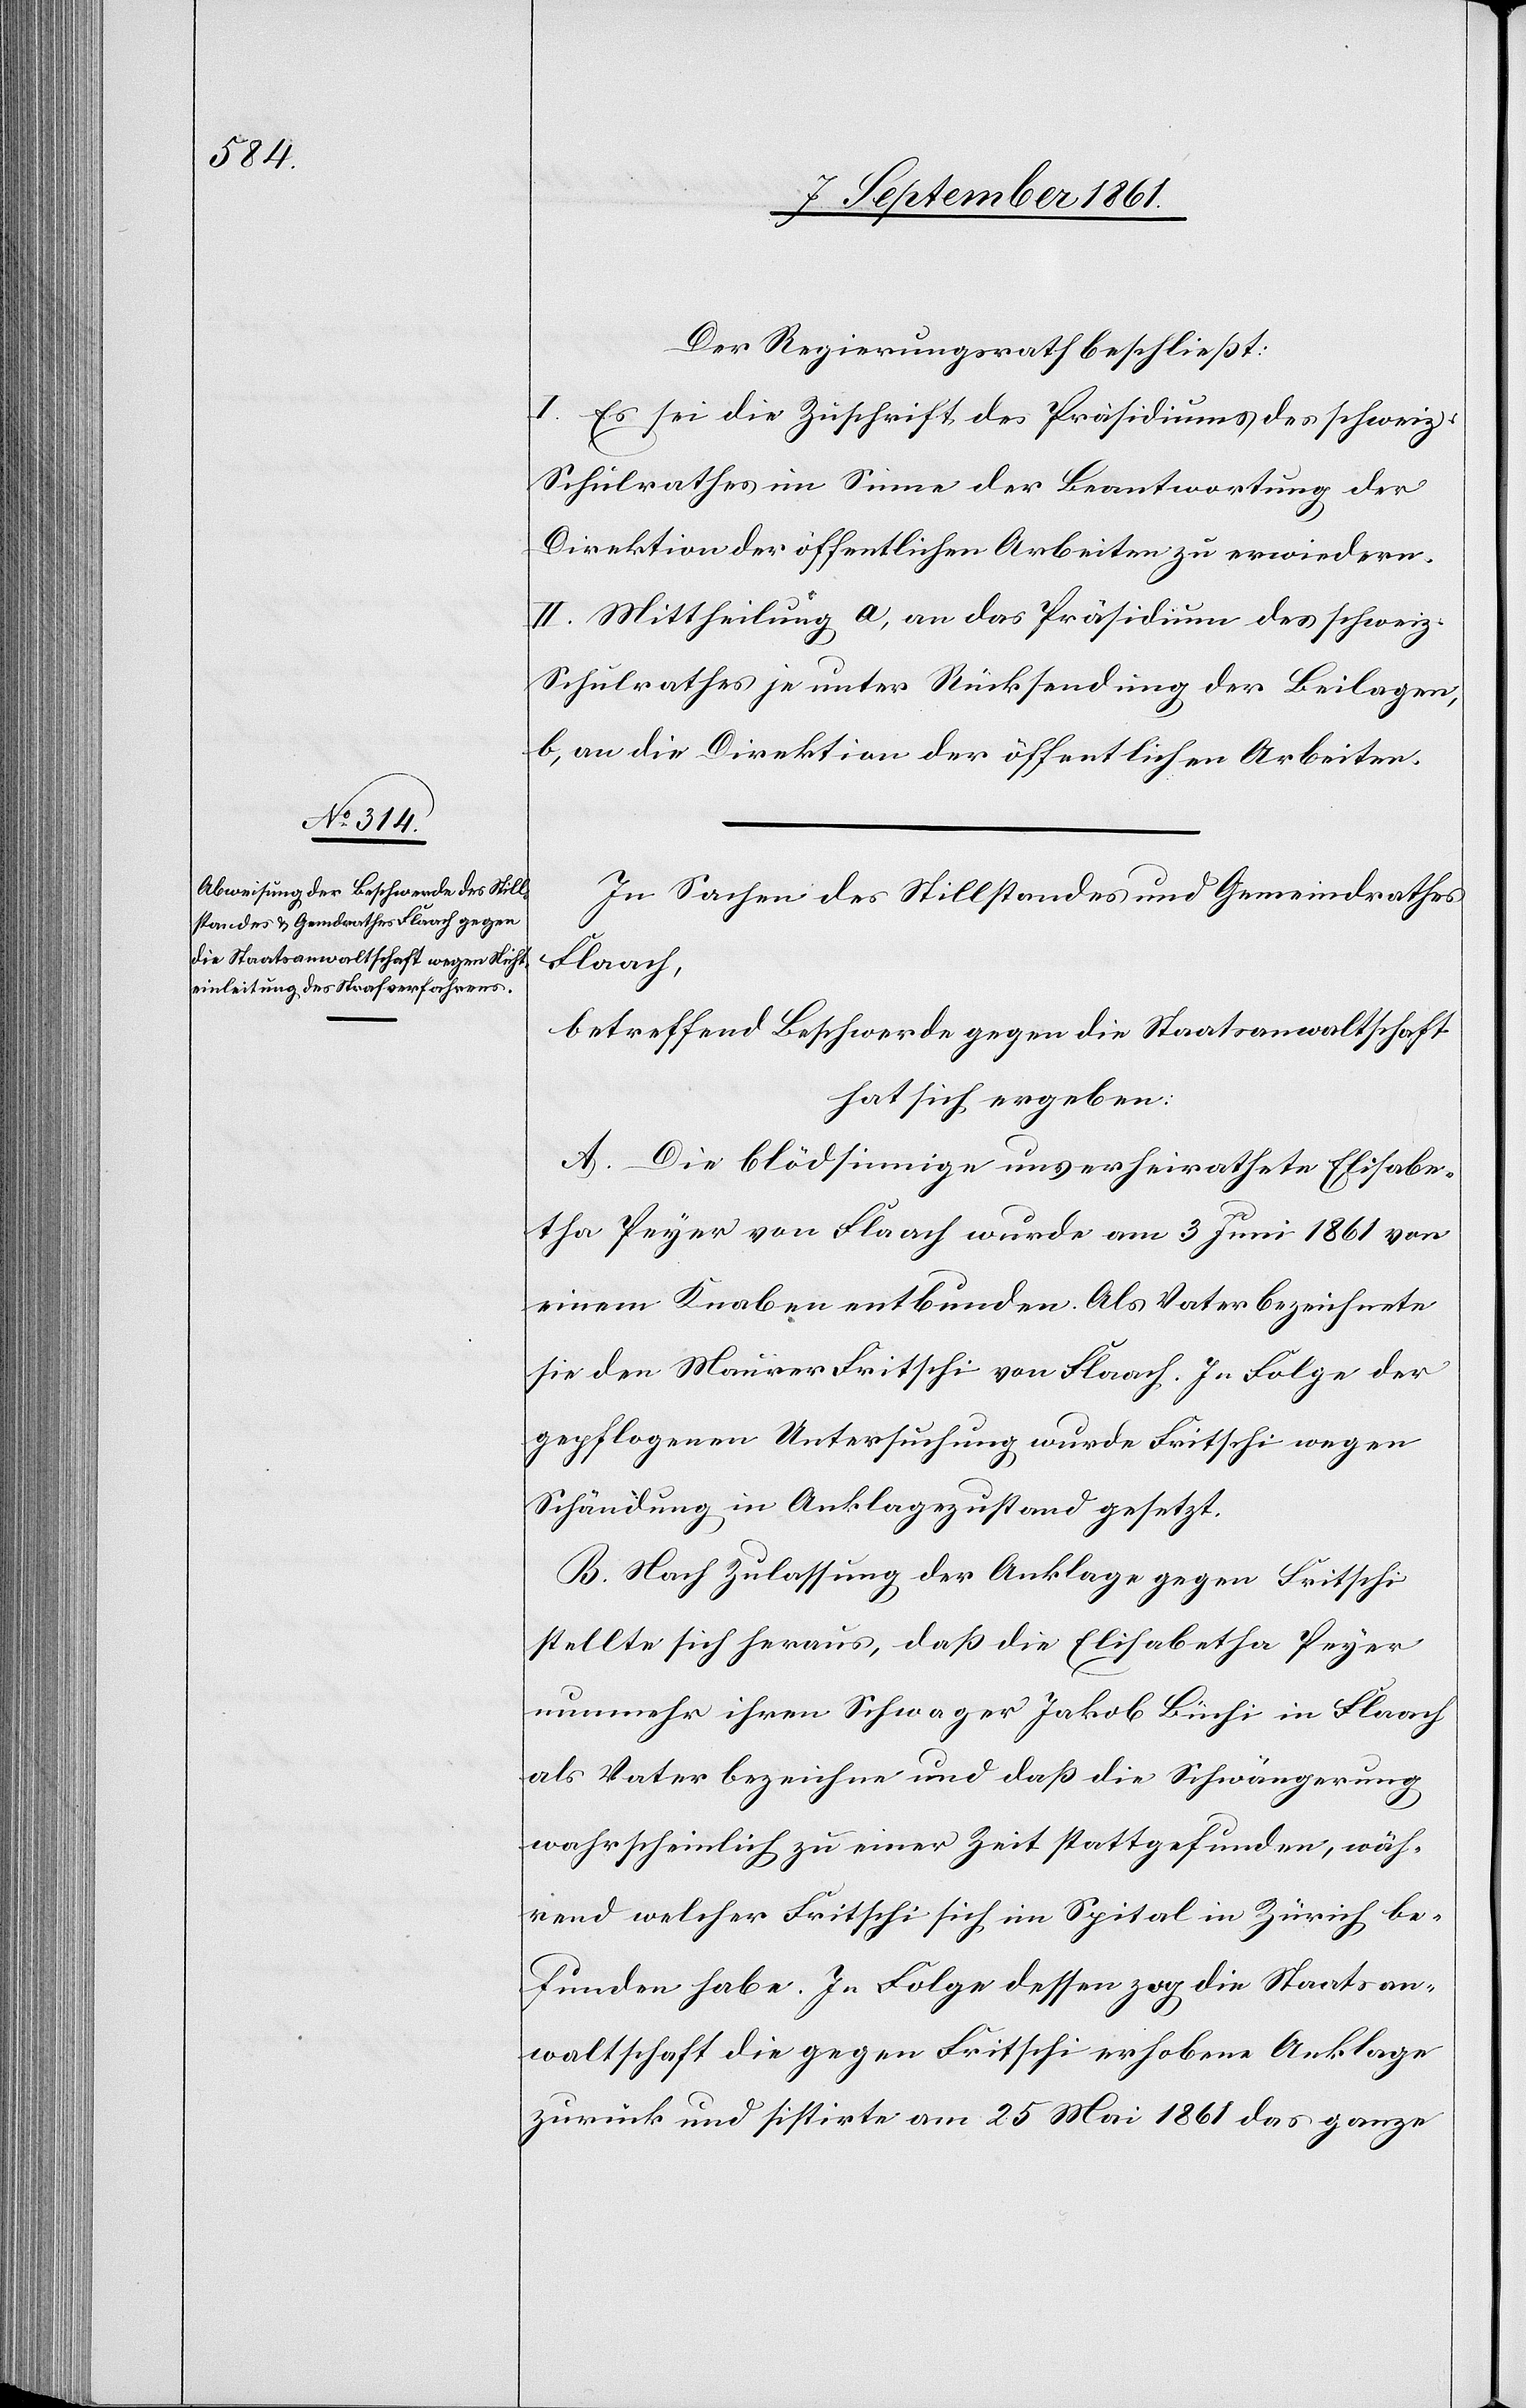
Der Regierungsrath beschließt:
I. Es sei die Zuschrift des Präsidiums des schweizeri¬
Schulrathes im Sinne der Beantwortung der
Direktion der öffentlichen Arbeiten zu erwiedern.
II. Mittheilung a, an das Präsidium des schweiz.
Schulrathes je unter Rücksendung der Beilagen,
b, an die Direktion der öffentlichen Arbeiten.
In Sachen des Stillstandes und Gemeindrathes
Flaach,
betreffend Beschwerde gegen die Staatsanwaltschaft
hat sich ergeben:
A. Die blödsinnige unverheirathete Elisabe¬
tha Peyer von Flaach wurde am 3 Juni 1861 von
einem Knaben entbunden. Als Vater bezeichnete
sie den Maurer Fritschi von Flaach. In Folge der
gepflogenen Untersuchung, wurde Fritschi wegen
Schändung in Anklagezustand gesetzt.
B. Nach Zulassung der Anklage gegen Fritschi
stellte sich heraus, daß die Elisabetha Peyer
nunmehr ihren Schwager Jakob Büchi in Flaach
als Vater bezeichne und daß die Schwängerung
schen
wahrscheinlich zu einer Zeit stattgefunden, wäh¬
rend welcher Fritschi sich im Spital in Zürich be¬
funden habe. In Folge dessen zog die Staatsan¬
waltschaft die gegen Fritschi erhobene Anklage
zurück und sistirte am 25 Mai 1861 das ganze